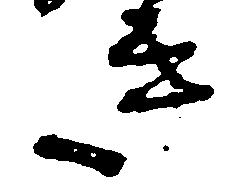
き